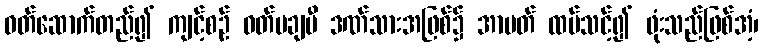
ဝတ်ဆောက်တည်၍ ကျင့်စဉ် ဝတ်မချမီ ဒဏ်သားအဖြစ်၌ အာပတ် ထပ်သင့်၍ ဖုံးသည်ဖြစ်အံ့၊